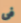
فى